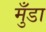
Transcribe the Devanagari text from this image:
मुँडा